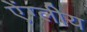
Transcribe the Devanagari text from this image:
ऐंग्लीय